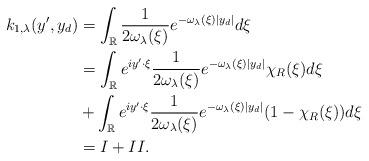
LaTeX: \begin{align*}k_{1,\lambda}(y',y_d) &= \int_{\mathbb R} \frac{1}{2\omega_\lambda(\xi)} e^{-\omega_\lambda(\xi)|y_d|}d\xi\\&= \int_{\mathbb R} e^{iy'\cdot \xi} \frac{1}{2\omega_\lambda(\xi)} e^{-\omega_\lambda(\xi)|y_d|} \chi_R(\xi)d\xi\\& + \int_{\mathbb R} e^{iy'\cdot \xi} \frac{1}{2\omega_\lambda(\xi)} e^{-\omega_\lambda(\xi)|y_d|}(1-\chi_R(\xi))d\xi\\&=I+II.\end{align*}